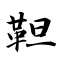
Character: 靼